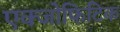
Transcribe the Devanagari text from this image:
एक्जोफिटिक